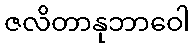
ဇလိတာနုဘာဝေါ